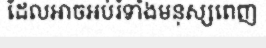
ដែលអាចអប់រំទាំងមនុស្សពេញ